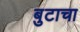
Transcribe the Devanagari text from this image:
बुटाचा